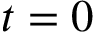
t = 0